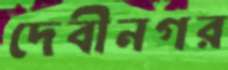
দেবীনগর